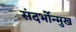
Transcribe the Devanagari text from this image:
संदर्भोन्मुख